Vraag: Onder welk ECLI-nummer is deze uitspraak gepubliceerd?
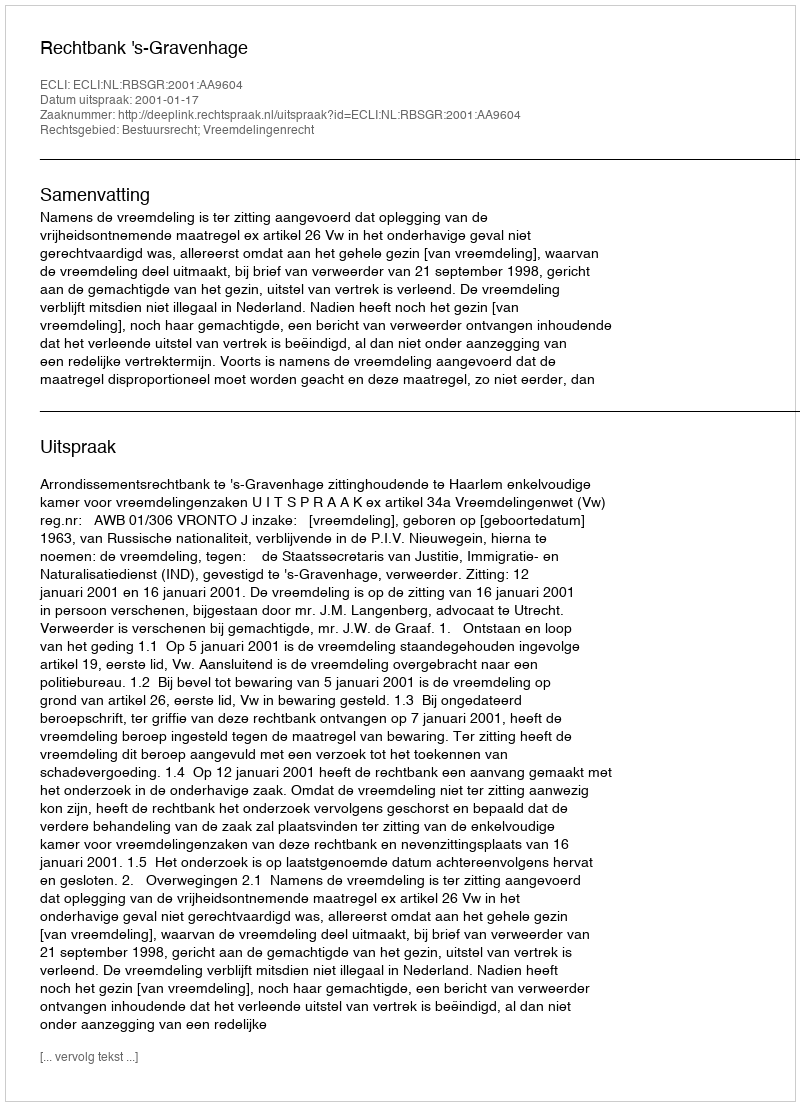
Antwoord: ECLI:NL:RBSGR:2001:AA9604